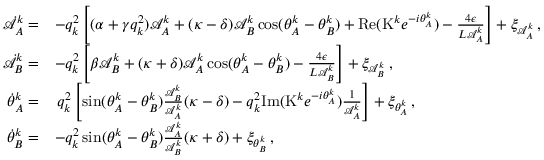
\begin{array} { r l } { \dot { \mathcal { A } } _ { A } ^ { k } = } & { - q _ { k } ^ { 2 } \left[ ( \alpha + \gamma q _ { k } ^ { 2 } ) \mathcal { A } _ { A } ^ { k } + ( \kappa - \delta ) \mathcal { A } _ { B } ^ { k } \cos ( \theta _ { A } ^ { k } - \theta _ { B } ^ { k } ) + \mathrm { R e } ( \mathrm { K } ^ { k } e ^ { - i \theta _ { A } ^ { k } } ) - \frac { 4 \epsilon } { L \mathcal { A } _ { A } ^ { k } } \right] + \xi _ { \mathcal { A } _ { A } ^ { k } } \, , } \\ { \dot { \mathcal { A } } _ { B } ^ { k } = } & { - q _ { k } ^ { 2 } \left[ \beta \mathcal { A } _ { B } ^ { k } + ( \kappa + \delta ) \mathcal { A } _ { A } ^ { k } \cos ( \theta _ { A } ^ { k } - \theta _ { B } ^ { k } ) - \frac { 4 \epsilon } { L \mathcal { A } _ { B } ^ { k } } \right] + \xi _ { \mathcal { A } _ { B } ^ { k } } \, , } \\ { \dot { \theta } _ { A } ^ { k } = } & { \, q _ { k } ^ { 2 } \left[ \sin ( \theta _ { A } ^ { k } - \theta _ { B } ^ { k } ) \frac { \mathcal { A } _ { B } ^ { k } } { \mathcal { A } _ { A } ^ { k } } ( \kappa - \delta ) - q _ { k } ^ { 2 } \mathrm { I m } ( \mathrm { K } ^ { k } e ^ { - i \theta _ { A } ^ { k } } ) \frac { 1 } { \mathcal { A } _ { A } ^ { k } } \right] + \xi _ { \theta _ { A } ^ { k } } \, , } \\ { \dot { \theta } _ { B } ^ { k } = } & { - q _ { k } ^ { 2 } \sin ( \theta _ { A } ^ { k } - \theta _ { B } ^ { k } ) \frac { \mathcal { A } _ { A } ^ { k } } { \mathcal { A } _ { B } ^ { k } } ( \kappa + \delta ) + \xi _ { \theta _ { B } ^ { k } } \, , } \end{array}